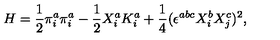
H = \frac { 1 } { 2 } \pi _ { i } ^ { a } \pi _ { i } ^ { a } - \frac { 1 } { 2 } X _ { i } ^ { a } K _ { i } ^ { a } + \frac { 1 } { 4 } ( \epsilon ^ { a b c } X _ { i } ^ { b } X _ { j } ^ { c } ) ^ { 2 } ,